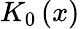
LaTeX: K_{0}\left(x\right)